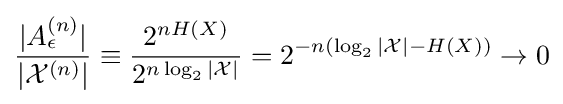
{\frac {|A_{\epsilon }^{(n)}|}{|{\mathcal {X}}^{(n)}|}}\equiv {\frac {2^{nH(X)}}{2^{n\log _{2}|{\mathcal {X}}|}}}=2^{-n(\log _{2}|{\mathcal {X}}|-H(X))}\rightarrow 0